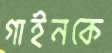
গাইনকে